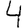
Digit: 4